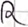
Text: R